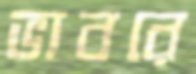
ভাবরে